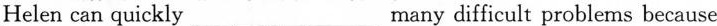
Helen can quickly ___ many difficult problems because